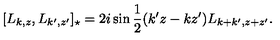
[ L _ { k , z } , L _ { k ^ { \prime } , z ^ { \prime } } ] _ { \star } = 2 i \sin \frac { 1 } { 2 } ( k ^ { \prime } z - k z ^ { \prime } ) L _ { k + k ^ { \prime } , z + z ^ { \prime } } .